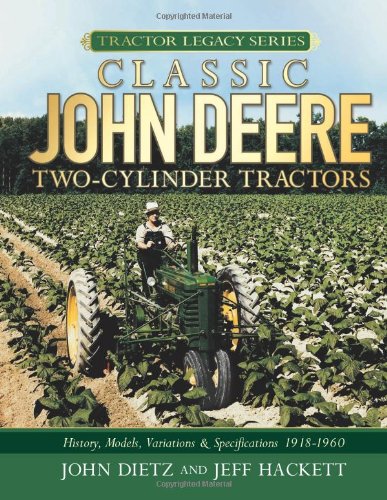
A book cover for Classic John Deere Two-Cylinder Tractors: History, Models, Variations & Specifications 1918-1960 (Tractor Legacy Series); John Dietz; Crafts, Hobbies & Home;